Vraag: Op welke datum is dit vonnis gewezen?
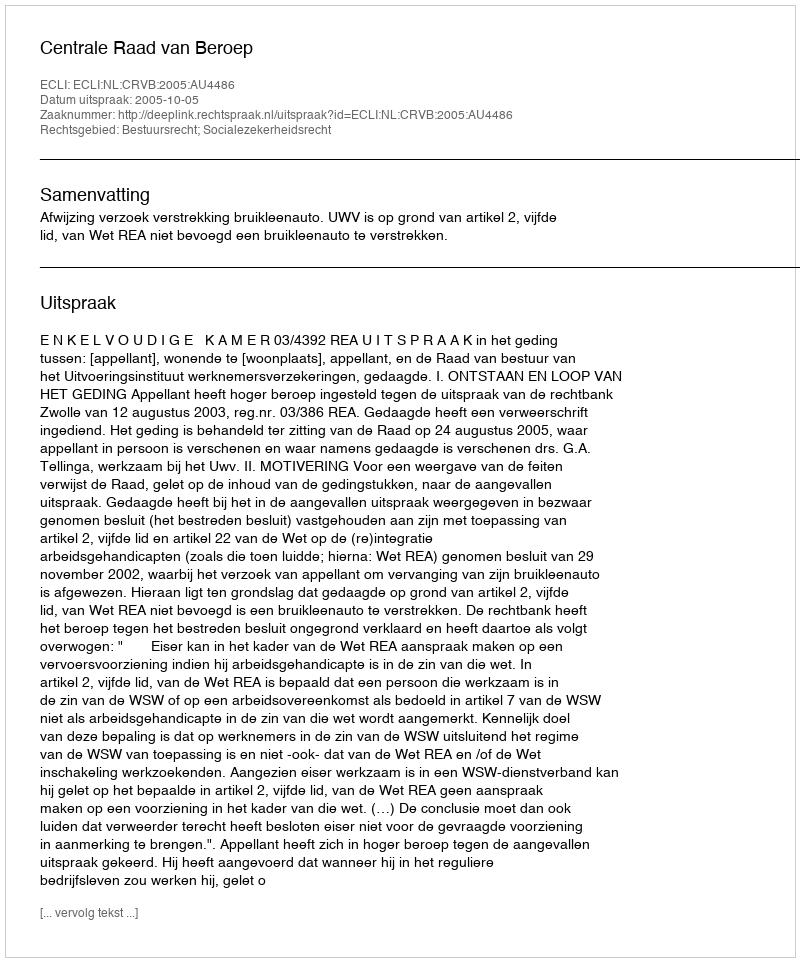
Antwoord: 2005-10-05